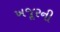
ખજૂરની